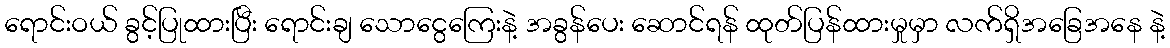
ရောင်းဝယ် ခွင့်ပြုထားပြီး ရောင်းချ သောငွေကြေးနဲ့ အခွန်ပေး ဆောင်ရန် ထုတ်ပြန်ထားမှုမှာ လက်ရှိအခြေအနေ နဲ့